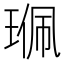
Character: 𤦍